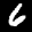
Label: 6